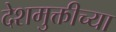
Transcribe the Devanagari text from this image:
देशमुक्तीच्या